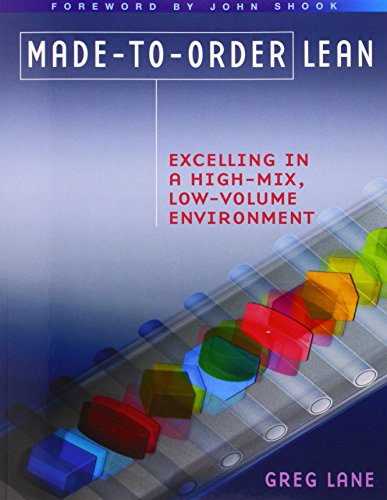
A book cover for Made-to-Order Lean: Excelling in a High-Mix, Low-Volume Environment; Greg Lane; Business & Money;